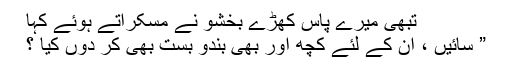
تبھی میرے پاس کھڑے بخشو نے مسکراتے ہوئے کہا
” سائیں ، ان کے لئے کچھ اور بھی بندو بست بھی کر دوں کیا ؟